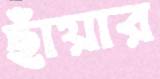
ছাঁয়ার